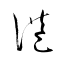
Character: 港